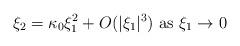
LaTeX: \begin{align*}\xi_2 = \kappa_0 \xi_1^2 + O (|\xi_1|^3) \mbox{ as } \xi_1 \rightarrow 0\end{align*}